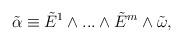
LaTeX: \begin{align*}{\tilde\alpha}\equiv {\tilde E}^1\wedge...\wedge {\tilde E}^m\wedge {\tilde \omega},\end{align*}